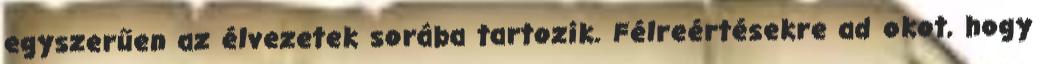
egyszerűen az élvezetek sorába tartozik. Félreértésekre ad okot, hogy